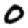
Digit: 0